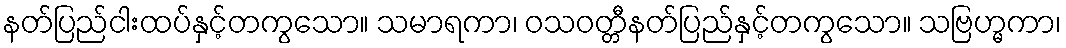
နတ်ပြည်ငါးထပ်နှင့်တကွသော။ သမာရကာ၊ ဝသဝတ္တီနတ်ပြည်နှင့်တကွသော။ သဗြဟ္မကာ၊